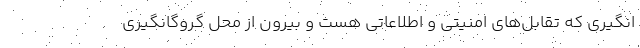
انگیری که تقابل‌های امنیتی و اطلاعاتی هست و بیرون از محل گروگانگیری